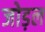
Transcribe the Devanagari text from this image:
जोड़ल